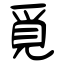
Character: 覓